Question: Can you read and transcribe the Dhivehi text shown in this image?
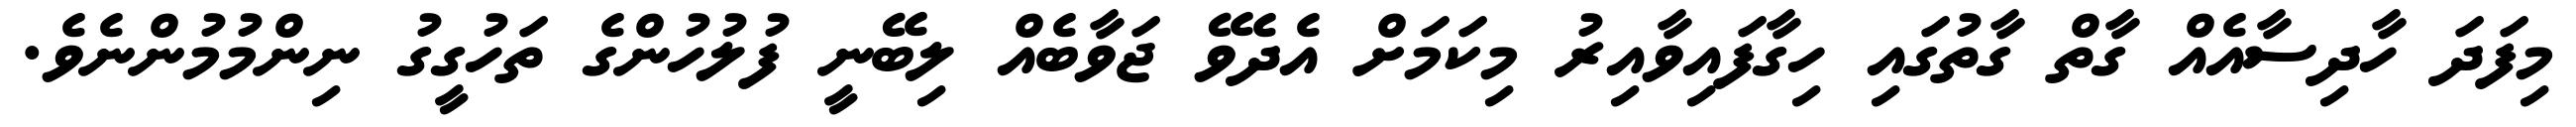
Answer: މިފަދަ ހާދިސާއެއް ގާތް ގާތުގައި ހިގާފައިވާއިރު މިކަމަށް އެދެވޭ ޖަވާބެއް ލިބޭނީ ފުލުހުންގެ ތަހުގީގު ނިންމުމުންނެވެ.